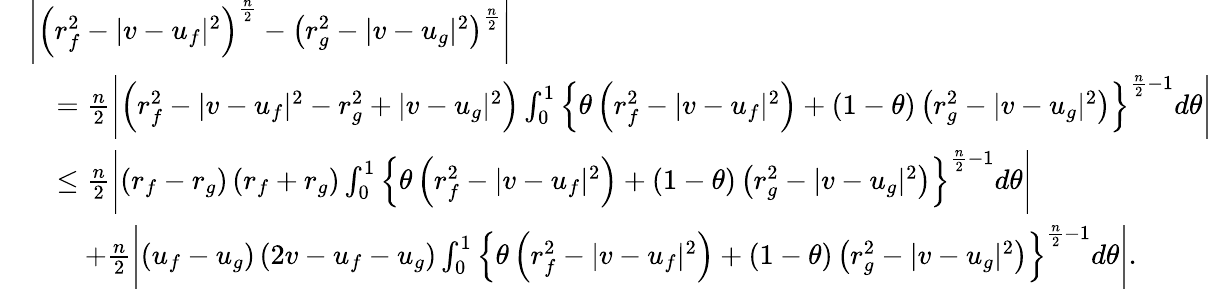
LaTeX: \begin{array}{rl}&{\left|\left(r_{f}^{2}-|v-u_{f}|^{2}\right)^{\frac n2}-\left(r_{g}^{2}-|v-u_{g}|^{2}\right)^{\frac n2}\right|}\\ &{\quad=\frac n2\left|\left(r_{f}^{2}-|v-u_{f}|^{2}-r_{g}^{2}+|v-u_{g}|^{2}\right)\int_{0}^{1}\left\{ \theta\left(r_{f}^{2}-|v-u_{f}|^{2}\right)+(1-\theta)\left(r_{g}^{2}-|v-u_{g}|^{2}\right)\right\} ^{\frac n2-1}d\theta\right|}\\ &{\quad\le\frac n2\left|\left(r_{f}-r_{g}\right)\left(r_{f}+r_{g}\right)\int_{0}^{1}\left\{ \theta\left(r_{f}^{2}-|v-u_{f}|^{2}\right)+(1-\theta)\left(r_{g}^{2}-|v-u_{g}|^{2}\right)\right\} ^{\frac n2-1}d\theta\right|}\\ &{\qquad+\frac n2\left|(u_{f}-u_{g})\left(2v-u_{f}-u_{g}\right)\int_{0}^{1}\left\{ \theta\left(r_{f}^{2}-|v-u_{f}|^{2}\right)+(1-\theta)\left(r_{g}^{2}-|v-u_{g}|^{2}\right)\right\} ^{\frac n2-1}d\theta\right|.}\end{array}